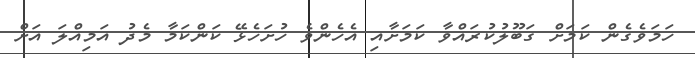
ހަމަވެގެން ކަމަށް ގަބޫލުކުރައްވާ ކަމަށާއި އެހެންވެ ހުށަހެޅޭ ކަންކަމާ މެދު އަމިއްލަ އަށް